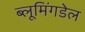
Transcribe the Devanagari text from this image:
ब्लूमिंगडेल